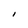
Character: I